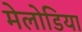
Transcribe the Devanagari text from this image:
मेलोडिया